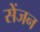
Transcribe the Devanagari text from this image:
सेंजन